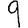
Digit: 9